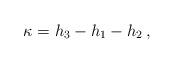
LaTeX: \begin{align*}\kappa = h_3 - h_1 - h_2 \,,\end{align*}